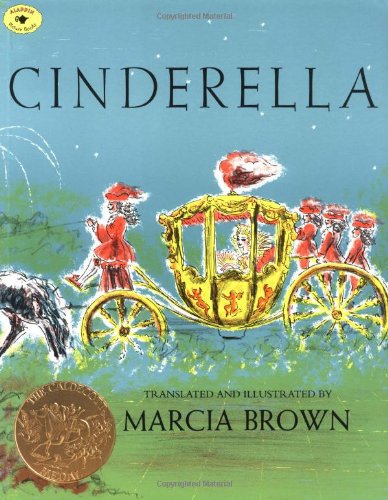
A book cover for Cinderella; Marcia Brown; Children's Books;